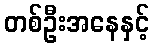
တစ်ဦးအနေနှင့်